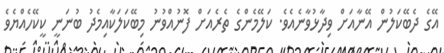
އޭގެ ދެބޭކަލުން އޭނާއަށް ވިދާޅުވާނެއެވެ. ކަލޭމެންގެ ތެރެއަށް ފޮނުއްވުނު މިބޭކަލަކާއިމެދު ބުނަނީ ކީކޭހެއްޔެވެ